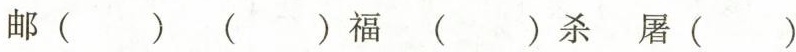
邮( ) ( )福